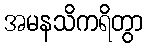
အမနသိကရိတွာ